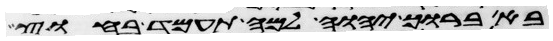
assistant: בא ברוך יהוה למה תעמד בחוץ